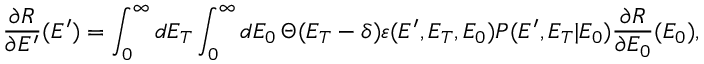
{ \frac { \partial R } { \partial E ^ { \prime } } ( E ^ { \prime } ) } = \int _ { 0 } ^ { \infty } \mathop { d E _ { T } } \int _ { 0 } ^ { \infty } \mathop { d E _ { 0 } } \Theta ( E _ { T } - \delta ) \varepsilon ( E ^ { \prime } , E _ { T } , E _ { 0 } ) P ( E ^ { \prime } , E _ { T } | E _ { 0 } ) \frac { \partial R } { \partial E _ { 0 } } ( E _ { 0 } ) ,